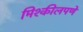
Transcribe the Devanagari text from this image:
मिश्कीलपणे